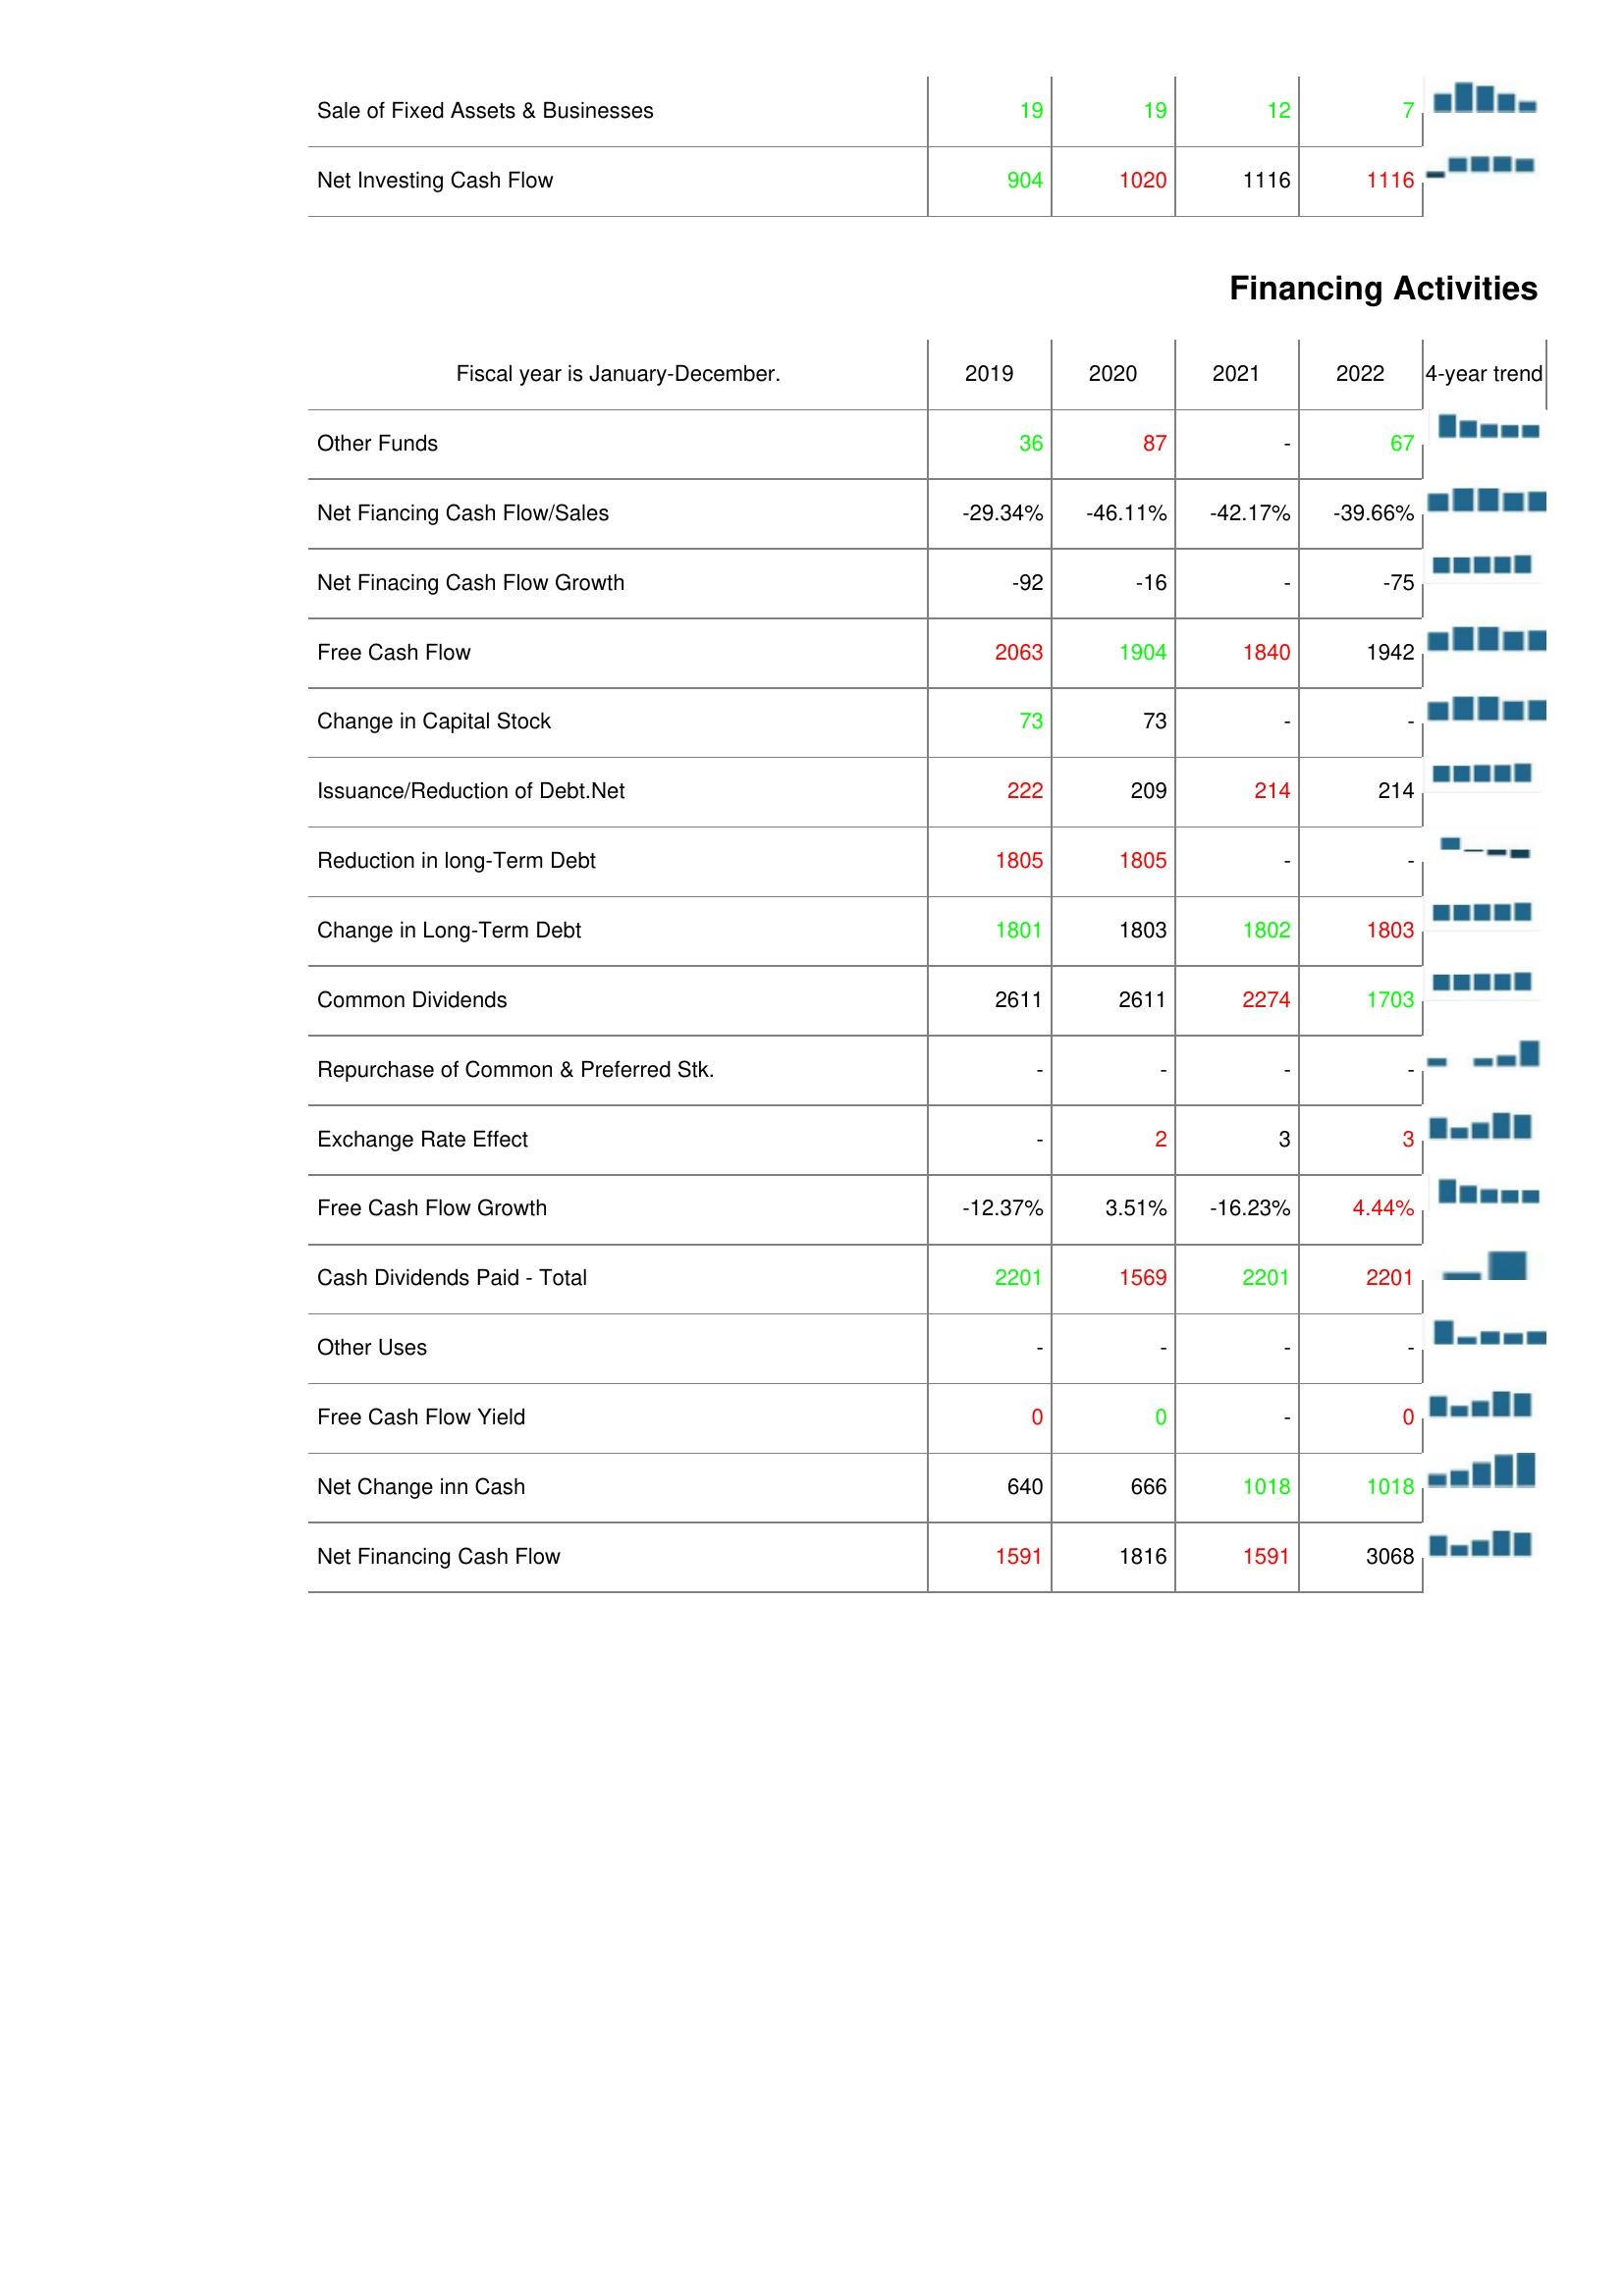
2019: Investing Activities: Sale of Fixed Assets & Businesses: 19
Net Investing Cash Flow: 904
Financing Activities: Other Funds: 36
Net Fiancing Cash Flow/Sales: -29.34%
Net Finacing Cash Flow Growth: -92
Free Cash Flow: 2063
Change in Capital Stock: 73
Issuance/Reduction of Debt.Net: 222
Reduction in long-Term Debt: 1805
Change in Long-Term Debt: 1801
Common Dividends: 2611
Repurchase of Common & Preferred Stk.: -
Exchange Rate Effect: -
Free Cash Flow Growth: -12.37%
Cash Dividends Paid - Total: 2201
Other Uses: -
Free Cash Flow Yield: 0
Net Change inn Cash: 640
Net Financing Cash Flow: 1591
2020: Investing Activities: Sale of Fixed Assets & Businesses: 19
Net Investing Cash Flow: 1020
Financing Activities: Other Funds: 87
Net Fiancing Cash Flow/Sales: -46.11%
Net Finacing Cash Flow Growth: -16
Free Cash Flow: 1904
Change in Capital Stock: 73
Issuance/Reduction of Debt.Net: 209
Reduction in long-Term Debt: 1805
Change in Long-Term Debt: 1803
Common Dividends: 2611
Repurchase of Common & Preferred Stk.: -
Exchange Rate Effect: 2
Free Cash Flow Growth: 3.51%
Cash Dividends Paid - Total: 1569
Other Uses: -
Free Cash Flow Yield: 0
Net Change inn Cash: 666
Net Financing Cash Flow: 1816
2021: Investing Activities: Sale of Fixed Assets & Businesses: 12
Net Investing Cash Flow: 1116
Financing Activities: Other Funds: -
Net Fiancing Cash Flow/Sales: -42.17%
Net Finacing Cash Flow Growth: -
Free Cash Flow: 1840
Change in Capital Stock: -
Issuance/Reduction of Debt.Net: 214
Reduction in long-Term Debt: -
Change in Long-Term Debt: 1802
Common Dividends: 2274
Repurchase of Common & Preferred Stk.: -
Exchange Rate Effect: 3
Free Cash Flow Growth: -16.23%
Cash Dividends Paid - Total: 2201
Other Uses: -
Free Cash Flow Yield: -
Net Change inn Cash: 1018
Net Financing Cash Flow: 1591
2022: Investing Activities: Sale of Fixed Assets & Businesses: 7
Net Investing Cash Flow: 1116
Financing Activities: Other Funds: 67
Net Fiancing Cash Flow/Sales: -39.66%
Net Finacing Cash Flow Growth: -75
Free Cash Flow: 1942
Change in Capital Stock: -
Issuance/Reduction of Debt.Net: 214
Reduction in long-Term Debt: -
Change in Long-Term Debt: 1803
Common Dividends: 1703
Repurchase of Common & Preferred Stk.: -
Exchange Rate Effect: 3
Free Cash Flow Growth: 4.44%
Cash Dividends Paid - Total: 2201
Other Uses: -
Free Cash Flow Yield: 0
Net Change inn Cash: 1018
Net Financing Cash Flow: 3068